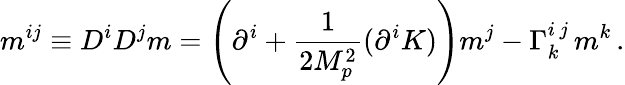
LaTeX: m^{ij}\equiv D^{i}D^{j}m=\left(\partial^{i}+\frac{1}{2M_{p}^{2}}(\partial^{i}K)\right)m^{j}-\Gamma_{k}^{i\, j}\, m^{k}\, .